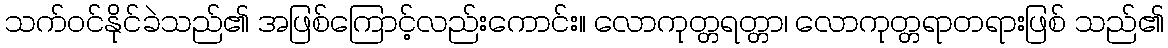
သက်ဝင်နိုင်ခဲသည်၏ အဖြစ်ကြောင့်လည်းကောင်း။ လောကုတ္တရတ္တာ၊ လောကုတ္တရာတရားဖြစ် သည်၏